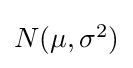
{\textstyle N(\mu ,\sigma ^{2})}